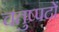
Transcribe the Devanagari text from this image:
चतुष्पदों